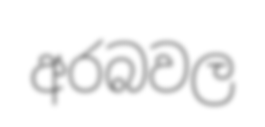
අරබවල